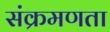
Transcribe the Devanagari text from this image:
संक्रमणता